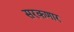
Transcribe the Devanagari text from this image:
सरकणार